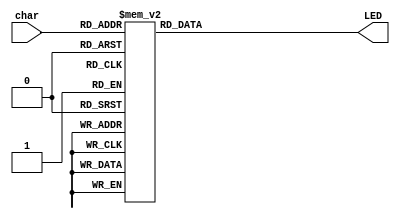
module LEDdecoder(char, LED);
	input [3:0] char; // input 4-bit coded character
	output [6:0] LED; // output 7-bit (a, b, c, d, e, f, g) signal
	
	reg [6:0] LED;
	
	always@(char)
	begin
		case(char)
			4'b0000:LED = 7'b0000001;	// 0
			4'b0001:LED = 7'b1001111;	// 1
			4'b0010:LED = 7'b0010010;	// 2
          	4'b0011:LED = 7'b0000110;	// 3
       	   	4'b0100:LED = 7'b1001100;	// 4
          	4'b0101:LED = 7'b0100100;	// 5
          	4'b0110:LED = 7'b0100000;	// 6
          	4'b0111:LED = 7'b0001111;	// 7
          	4'b1000:LED = 7'b0000000;	// 8
          	4'b1001:LED = 7'b0000100;	// 9
          	4'b1011:LED = 7'b1111110;	// -
          	4'b1100:LED = 7'b0111000;	// F
          	default:LED = 7'b1111111;	// 
		endcase
	end

endmodule